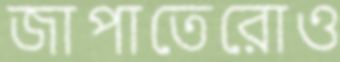
জাপাতেরোও